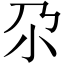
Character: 尕